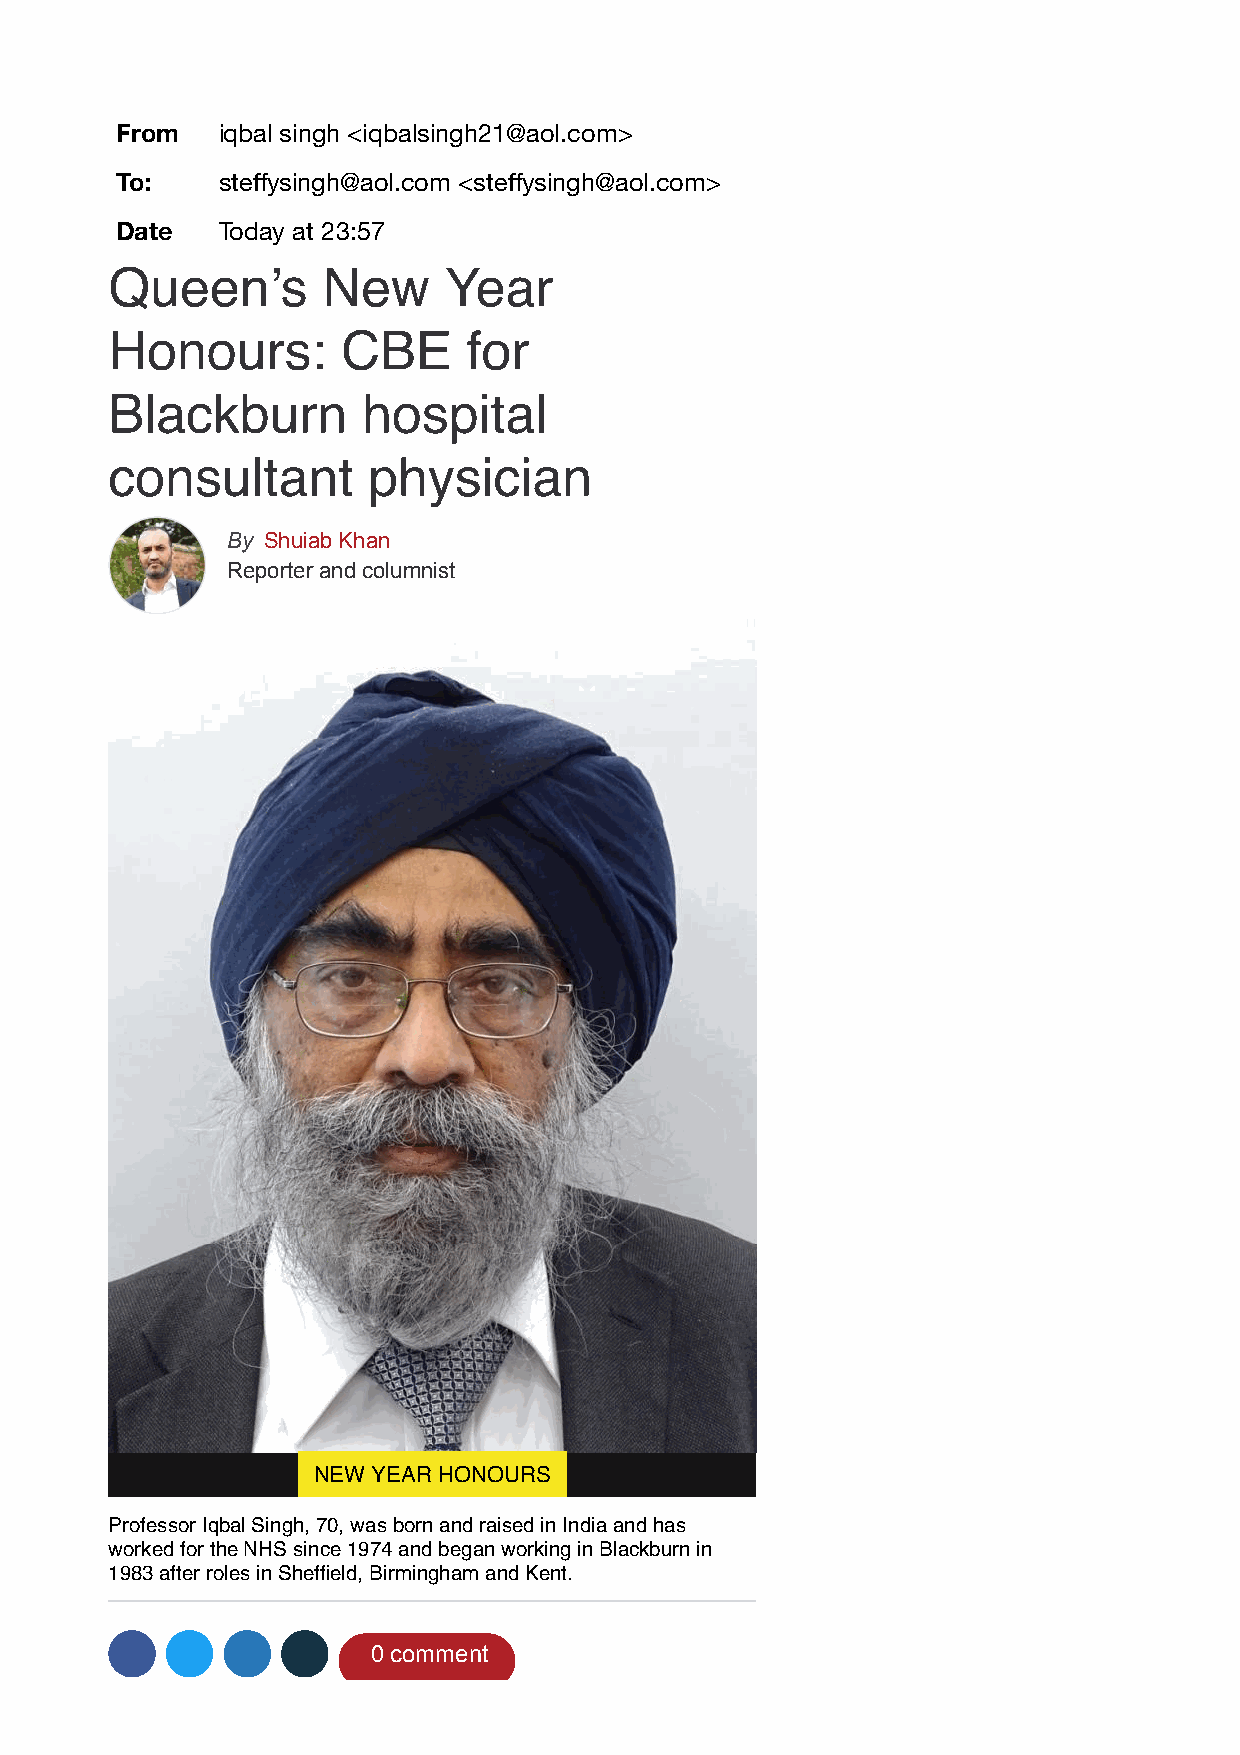
From  iqbal singh <iqbalsingh21@aol.com>
 To:   steffysingh@aol.com <steffysingh@aol.com>
 Date  Today at 23:57
 Queen’s       New     Year
 Honours:        CBE     for
 Blackburn        hospital
 consultant       physician
 By Shuiab Khan
 Reporter and columnist
 NEW YEAR HONOURS
 Professor Iqbal Singh, 70, was born and raised in India and has
 worked for the NHS since 1974 and began working in Blackburn in
 1983 after roles in Sheffield, Birmingham and Kent.
 0 comment